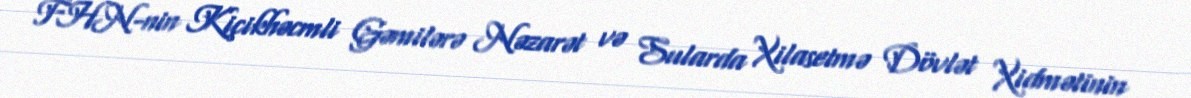
FHN-nin Kiçikhəcmli Gəmilərə Nəzarət və Sularda Xilasetmə Dövlət Xidmətinin